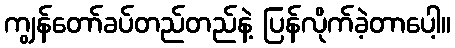
ကျွန်တော်ခပ်တည်တည်နဲ့ ပြန်လိုက်ခဲ့တာပေါ့။